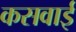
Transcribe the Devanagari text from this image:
कसवाई